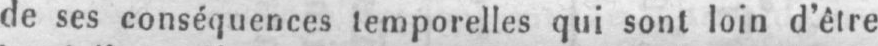
de ses conséquences temporelles qui sont loin d’être